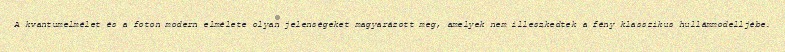
A kvantumelmélet és a foton modern elmélete olyan jelenségeket magyarázott meg, amelyek nem illeszkedtek a fény klasszikus hullámmodelljébe.